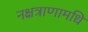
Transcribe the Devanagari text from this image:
नक्षत्राणामधि